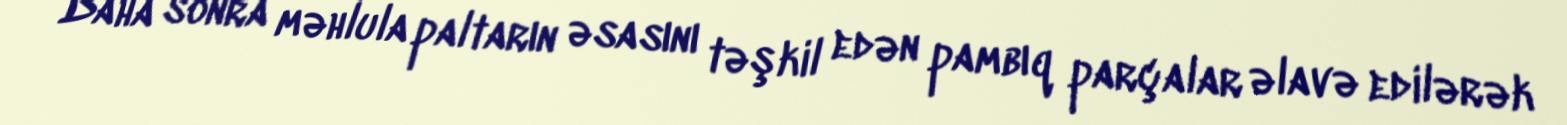
Daha sonra məhlula paltarın əsasını təşkil edən pambıq parçalar əlavə edilərək